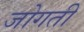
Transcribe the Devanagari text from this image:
जोगती